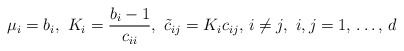
\begin{align*}\mu_{i}=b_{i},\thinspace \thinspace K_{i}=\frac{b_{i}-1}{c_{ii}},\thinspace \thinspace \tilde{c}_{ij}=K_{i}c_{ij},\thinspace i\ne j,\thinspace \thinspace i, j=1,\thinspace \mathellipsis ,\thinspace d\end{align*}